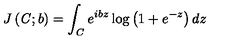
J \left( { \it C } ; b \right) = \int _ { { \it C } } e ^ { i b z } \log \left( 1 + e ^ { - z } \right) d z